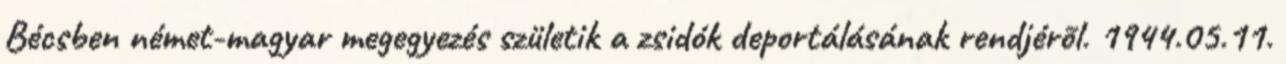
Bécsben német-magyar megegyezés születik a zsidók deportálásának rendjérõl. 1944.05.11.